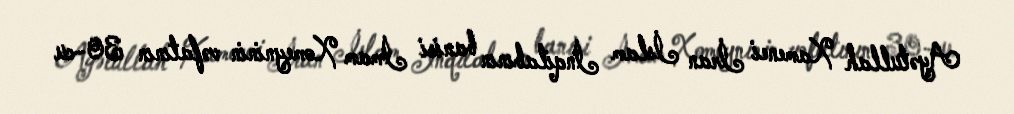
Ayətullah Xamenei İran İslam İnqilabının banisi İmam Xomeyninin vəfatının 30-cu